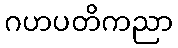
ဂဟပတိကညာ